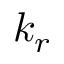
k _ { r }